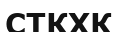
СТКХК